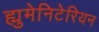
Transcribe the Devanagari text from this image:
ह्युमेनिटेरियन